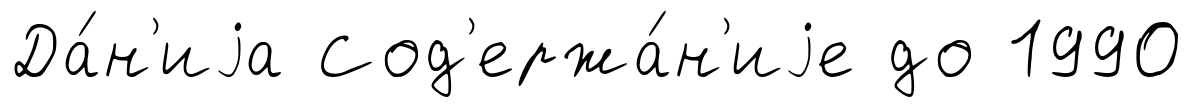
Да́н'иjа Сод'ержа́н'иjе до 1990